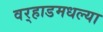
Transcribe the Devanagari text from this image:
वर्‍हाडमधल्या